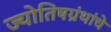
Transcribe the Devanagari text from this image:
ज्योतिषग्रंथांचे